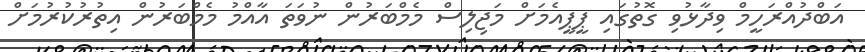
އަބްދުއްރަހީމް ވިދާޅުވި ގޮތުގައި ޕީޕީއެމަށް މަޖިލިސް މެމްބަރުން ނުވަތަ އާއްމު މެމްބަރުން އިތުރުކުރުމަށް